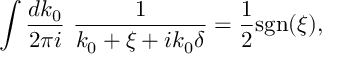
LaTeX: \int \frac { d k _ { 0 } } { 2 \pi i } \ \frac { 1 } { k _ { 0 } + \xi + i k _ { 0 } \delta } = \frac { 1 } { 2 } \mathrm { s g n } ( \xi ) ,